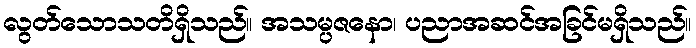
လွတ်သောသတိရှိသည်။ အသမ္ပဇနော၊ ပညာအဆင်အခြင်မရှိသည်။